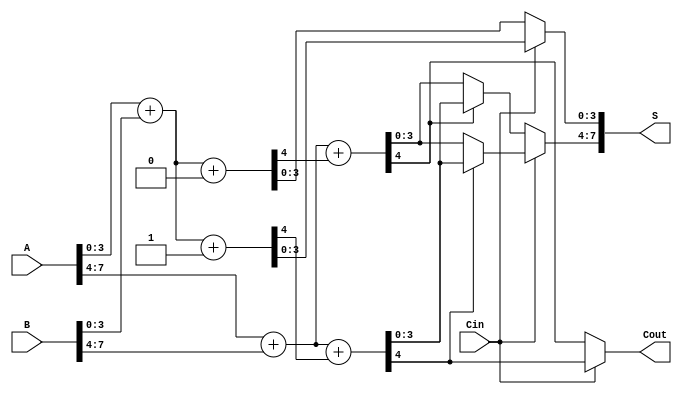
module MultiLevelCSLA (
    input [7:0] A,      // 8-bit input A
    input [7:0] B,      // 8-bit input B
    input Cin,          // Carry-in
    output [7:0] S,     // 8-bit sum output
    output Cout         // Carry-out
);

    wire [3:0] S0_0, S0_1, S1_0, S1_1; // Sums for each block
    wire C0_0, C0_1, C1_0, C1_1;       // Carry outputs for each block
    wire C0, C1;                       // Carry selection for the final output

    // Block 0 (Lower 4 bits)
    // Adder assuming carry-in = 0
    assign {C0_0, S0_0} = A[3:0] + B[3:0] + 1'b0;
    // Adder assuming carry-in = 1
    assign {C0_1, S1_0} = A[3:0] + B[3:0] + 1'b1;

    // Block 1 (Upper 4 bits)
    // Adder assuming carry-in = 0
    assign {C1_0, S0_1} = A[7:4] + B[7:4] + C0_0;
    // Adder assuming carry-in = 1
    assign {C1_1, S1_1} = A[7:4] + B[7:4] + C0_1;

    // Carry selection logic
    assign C0 = Cin ? C0_1 : C0_0; // Select carry from Block 0 based on Cin
    assign S[3:0] = Cin ? S1_0 : S0_0; // Select sum from Block 0 based on Cin

    // Final sum and carry-out
    assign S[7:4] = Cin ? (C1_1 ? S1_1 : S0_1) : (C1_0 ? S1_1 : S0_1);
    assign Cout = Cin ? C1_1 : C1_0; // Final carry-out

endmodule